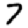
Digit: 7